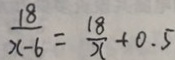
\frac { 1 8 } { x - 6 } = \frac { 1 8 } { x } + 0 . 5